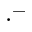
\cdot ^ { - }